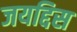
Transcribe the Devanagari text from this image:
जयद्दिस